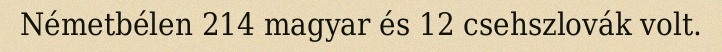
Németbélen 214 magyar és 12 csehszlovák volt.